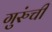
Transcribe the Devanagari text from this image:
गुरुंची